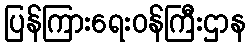
ပြန်ကြားရေးဝန်ကြီးဌာန